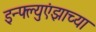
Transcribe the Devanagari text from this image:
इन्फ्ल्युएंझाच्या